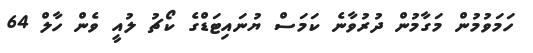
ހަމަވުމުން މަގާމުން ދުރުވާނެ ކަމަސް ޔުނައިޓަޑްގެ ކޯޗު ލުއީ ވެން ހާލް 64